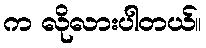
က လိုလားပါတယ်။